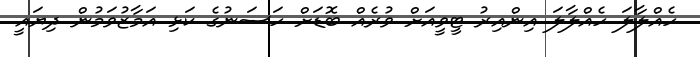
ހެއްލާލަ ހެއްލާލަ އިންއިރު ޓީވީއަށް ވުރެއް ބޮޑަށް ހަސަނުގެ ކަޅި އަމާޒުވަމުން ދިޔައީ